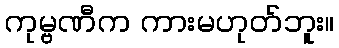
ကုမ္ဗဏီက ကားမဟုတ်ဘူး။